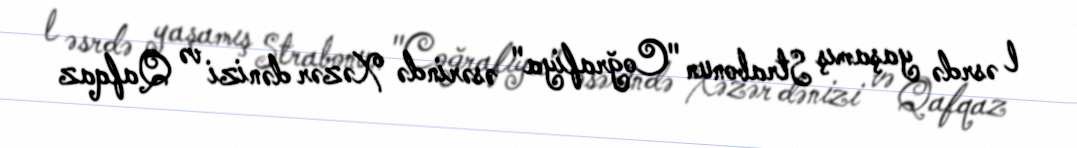
l əsrdə yaşamış Strabonun "Coğrafiya" əsərində Xəzər dənizi və Qafqaz